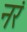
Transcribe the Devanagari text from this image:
नरं